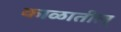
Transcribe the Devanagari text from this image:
काळातील्